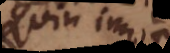
qui in